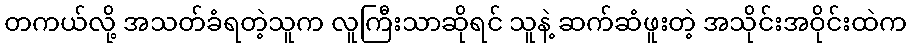
တကယ်လို့ အသတ်ခံရတဲ့သူက လူကြီးသာဆိုရင် သူနဲ့ ဆက်ဆံဖူးတဲ့ အသိုင်းအဝိုင်းထဲက